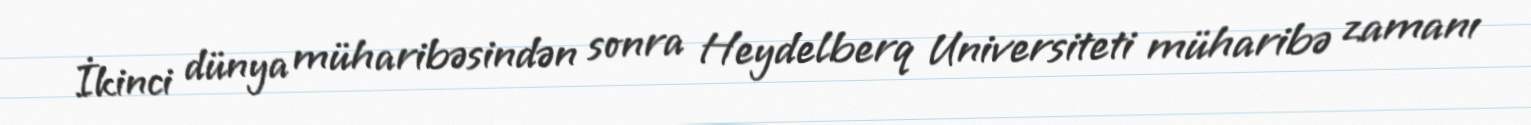
İkinci dünya müharibəsindən sonra Heydelberq Universiteti müharibə zamanı